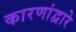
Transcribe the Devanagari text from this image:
कारणांद्वारे